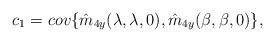
LaTeX: \begin{align*}c_1 = cov\{\hat{m}_{4y}(\lambda,\lambda,0),\hat{m}_{4y}&(\beta,\beta,0)\},\end{align*}